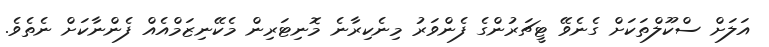
އަލަށް ސްކޫލްތަކަށް ގެނެވޭ ޓީޗަރުންގެ ފެންވަރު މިނެކިރާނެ މޮނިޓަރިން މެކޭނިޒަމްއެއް ފެންނާކަށް ނެތެވެ.